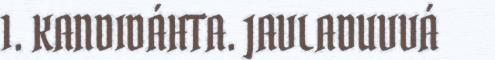
1. KANDIDÁHTA. JAVLADUVVÁ